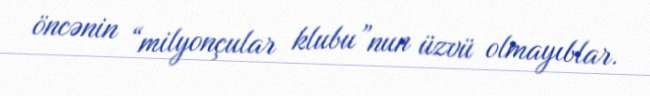
öncənin “milyonçular klubu”nun üzvü olmayıblar.